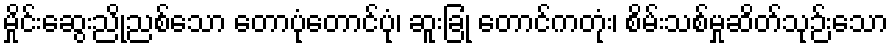
မှိုင်းဆွေးညိုညစ်သော တောပုံတောင်ပုံ၊ ဆူးခြုံ တောင်ကတုံး၊ စိမ်းသစ်မှုဆိတ်သုဉ်းသော